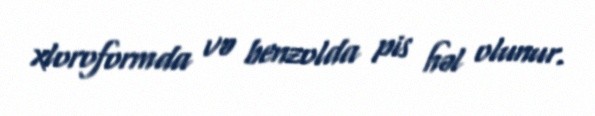
xloroformda və benzolda pis həl olunur.